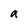
Character: a